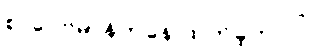
စာပေဗိမာန်ကနေ ထုတ်ခဲ့တာပါ။